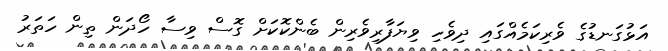
އަޅުގަނޑުގެ ވެރިކަމެއްގައި ދިވެހި ވިޔަފާރިވެރިން ބެންކޮކަށް ގޮސް ވިސާ ހޯދަން ތިން ހަތަރު